Civil Veterinary Dept. North-West Frontier Province 1933-46 - 1933-1946
Year: 1933
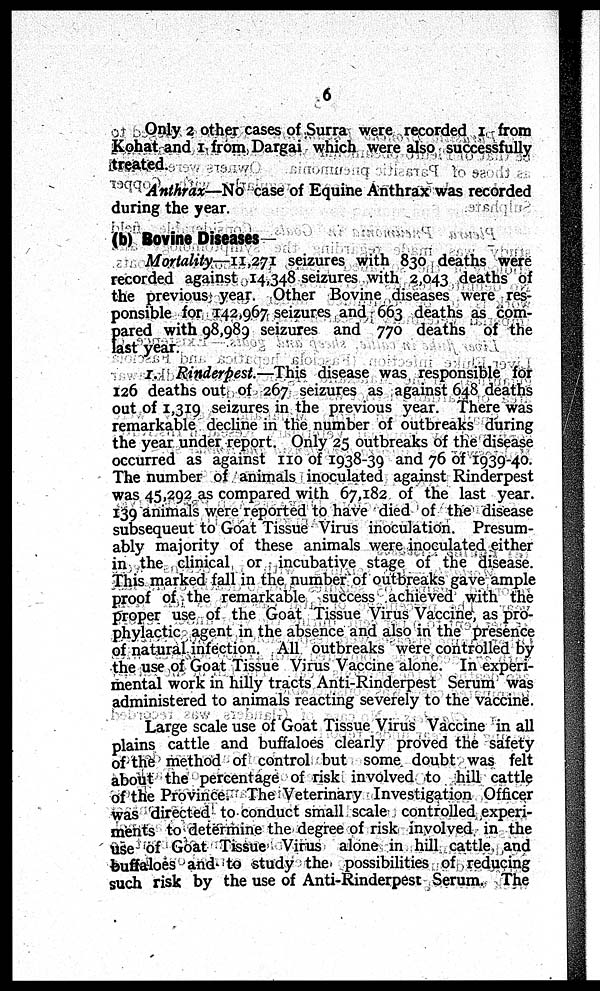
6
Only 2 other cases of Surra were recorded 1 from
Kohat and 1 from Dargai which were also successfully
treated.
Anthrax—No case of Equine Anthrax was recorded
during the year.
(b) Bovine Diseases
Mortality—11,271 seizures with 830 deaths were
recorded against 14,348 seizures with 2,043 deaths of
the previous year. Other Bovine diseases were res-
ponsible for 142,967 seizures and 663 deaths as com-
pared with 98,989 seizures and 770 deaths of the
last year.
1. Rinderpest.—This disease was responsible for
126 deaths out of 267 seizures as against 648 deaths
out of 1,319 seizures in the previous year. There was
remarkable decline in the number of outbreaks during
the year under report. Only 25 outbreaks of the disease
occurred as against 110 of 1938-39 and 76 of 1939-40.
The number of animals inoculated against Rinderpest
was 45,292 as compared with 67,182 of the last year.
139 animals were reported to have died of the disease
subsequeut to Goat Tissue Virus inoculation. Presum-
ably majority of these animals were inoculated either
in the clinical or incubative stage of the disease.
This marked fall in the number of outbreaks gave ample
proof of the remarkable success achieved with the
proper use of the Goat Tissue Virus Vaccine, as pro-
phylactic agent in the absence and also in the presence
of natural infection. All outbreaks were controlled by
the use of Goat Tissue Virus Vaccine alone. In experi-
mental work in hilly tracts Anti-Rinderpest Serum was
administered to animals reacting severely to the vaccine.
Large scale use of Goat Tissue Virus Vaccine in all
plains cattle and buffaloes clearly proved the safety
of the method of control but some doubt was felt
about the percentage of risk involved to hill cattle
of the Province. The Veterinary Investigation Officer
was directed to conduct small scale controlled experi-
ments to determine the degree of risk involved in the
use of Goat Tissue Virus alone in hill cattle and
buffaloes and to study the possibilities of reducing
such risk by the use of Anti-Rinderpest Serum. The